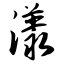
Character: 漾